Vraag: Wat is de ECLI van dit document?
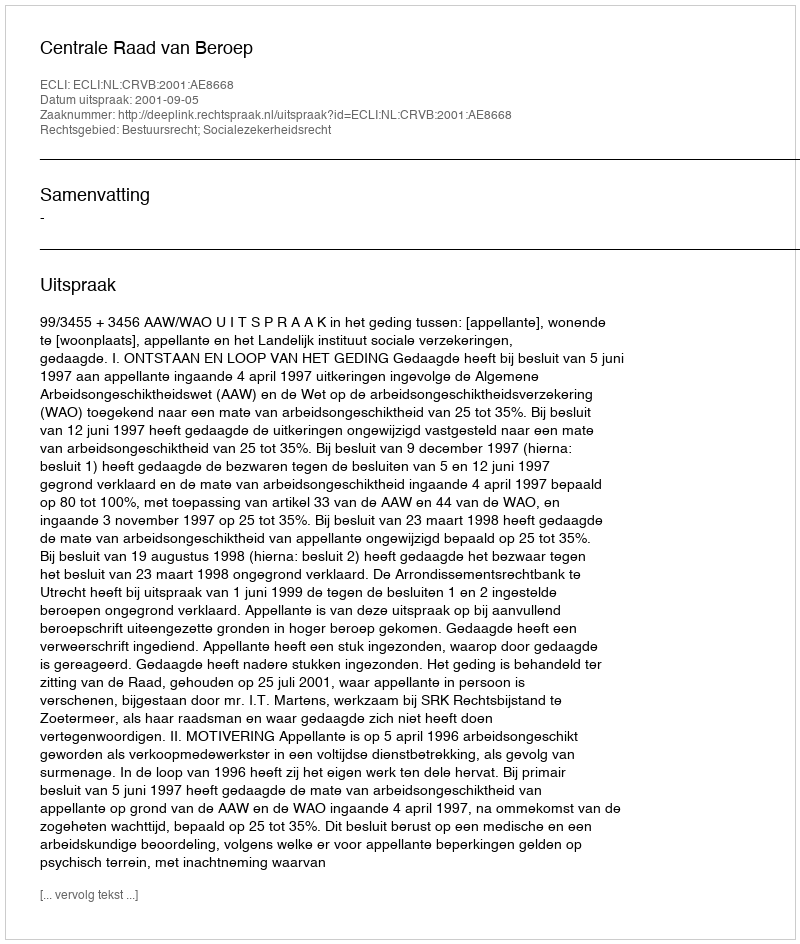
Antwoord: ECLI:NL:CRVB:2001:AE8668